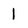
Character: 1